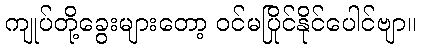
ကျုပ်တို့ခွေးများတော့ ဝင်မပြိုင်နိုင်ပေါင်ဗျာ။